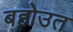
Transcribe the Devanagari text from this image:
बहोउत